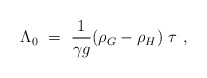
\begin{align*}\Lambda_0 ~=~ {1 \over \gamma g} (\rho_G - \rho_H)~\tau \ ,\end{align*}